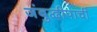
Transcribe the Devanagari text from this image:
जंबुद्वीपाची